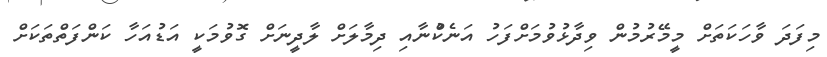
މިފަދަ ވާހަކަތަށް މީމޭރުމުން ވިދާޅުވުމަށްފަހު އަނެކުްނާއި ދިމާލަށް ލާދީނަށް ގޮވުމަކީ އަޑުއަހާ ކަންފަތްތަކަށް